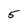
Character: 5